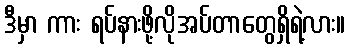
ဒီမှာ ကား ရပ်နားဖို့လိုအပ်တာတွေရှိရဲ့လား။